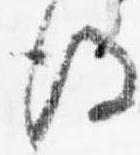
後